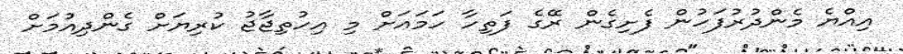
އިއްޔެ މެންދުރުފަހުން ފެށިގެން ރޭގެ ފަތިހާ ހަމައަށް މި އިހުތިޖާޖު ކުރިޔަށް ގެންދިއުމަށް